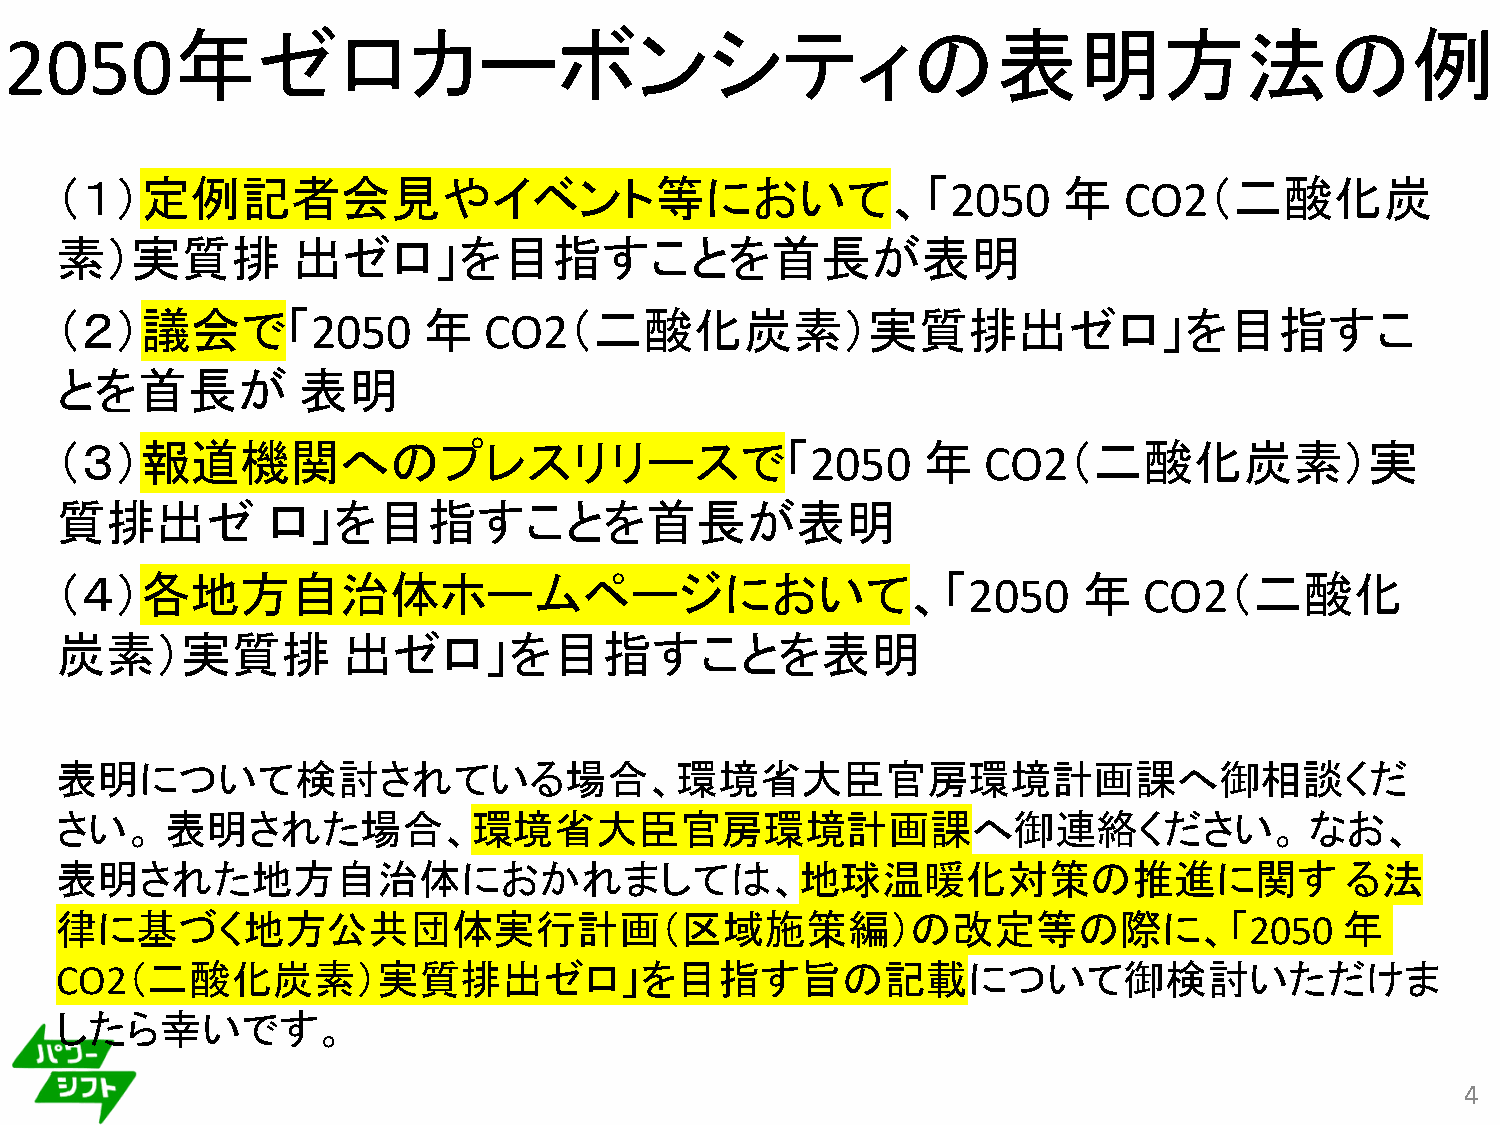
年ゼロカーボンシティの表明方法の例
 2050
 （１）定例記者会見やイベント等において、「2050                                         年   CO2（二酸化炭
 素）実質排          出ゼロ」を目指すことを首長が表明
 （２）議会で「2050             年   CO2（二酸化炭素）実質排出ゼロ」を目指すこ
 とを首長が           表明
 （３）報道機関へのプレスリリースで「2050                                   年   CO2（二酸化炭素）実
 質排出ゼ          ロ」を目指すことを首長が表明
 （４）各地方自治体ホームページにおいて、「2050                                           年   CO2（二酸化
 炭素）実質排             出ゼロ」を目指すことを表明
 表明について検討されている場合、環境省大臣官房環境計画課へ御相談くだ
 さい。    表明された場合、環境省大臣官房環境計画課へ御連絡ください。                                               なお、
 表明された地方自治体におかれましては、地球温暖化対策の推進に関す                                                     る法
 律に基づく地方公共団体実行計画（区域施策編）の改定等の際に、「2050                                                  年
 CO2（二酸化炭素）実質排出ゼロ」を目指す旨の記載について御検討いただけま
 したら幸いです。
 4